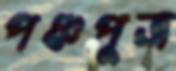
পঞ্চপুত্র